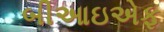
બીઆઇએફ